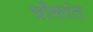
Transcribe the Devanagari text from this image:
चौकांत